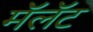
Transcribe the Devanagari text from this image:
मॅलॅट